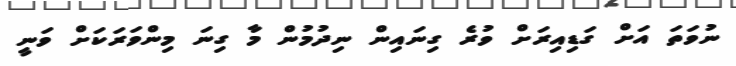
ނުވަތަ އަށް ގަޑިއިރަށް ވުރެ ގިނައިން ނިދުމުން މާ ގިނަ މިންވަރަކަށް ވަނީ